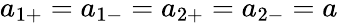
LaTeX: a_{1+}=a_{1-}=a_{2+}=a_{2-}=a